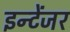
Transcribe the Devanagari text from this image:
इन्टेंजर